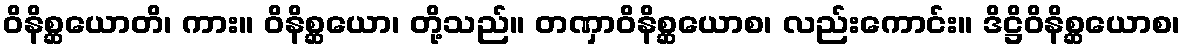
ဝိနိစ္ဆယောတိ၊ ကား။ ဝိနိစ္ဆယော၊ တို့သည်။ တဏှာဝိနိစ္ဆယောစ၊ လည်းကောင်း။ ဒိဋ္ဌိဝိနိစ္ဆယောစ၊